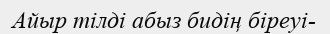
Айыр тілді абыз бидің біреуі-